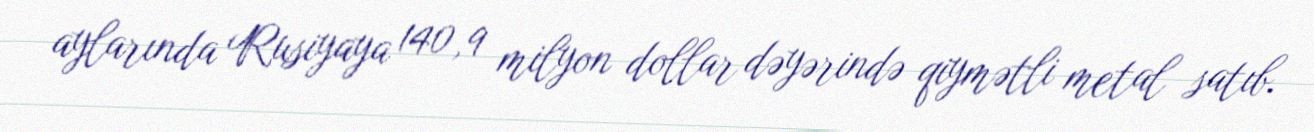
aylarında Rusiyaya 140,9 milyon dollar dəyərində qiymətli metal satıb.